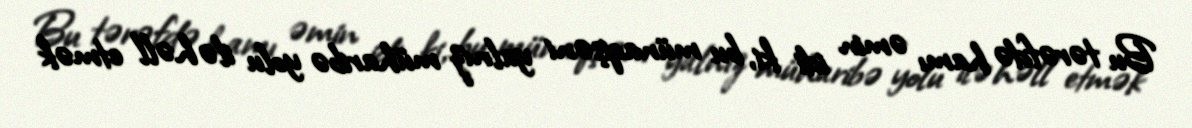
Bu tərəfdə hamı əmin idi ki, bu münaqişəni yalnız müharibə yolu ilə həll etmək